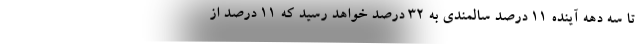
تا سه دهه آینده ۱۱ درصد سالمندی به ۳۲ درصد خواهد رسید که ۱۱ درصد از